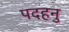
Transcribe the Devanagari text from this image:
पदहनु